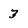
Character: 3